Annual administration report of the Civil Veterinary Department of India - 1898-1899
Year: 1898
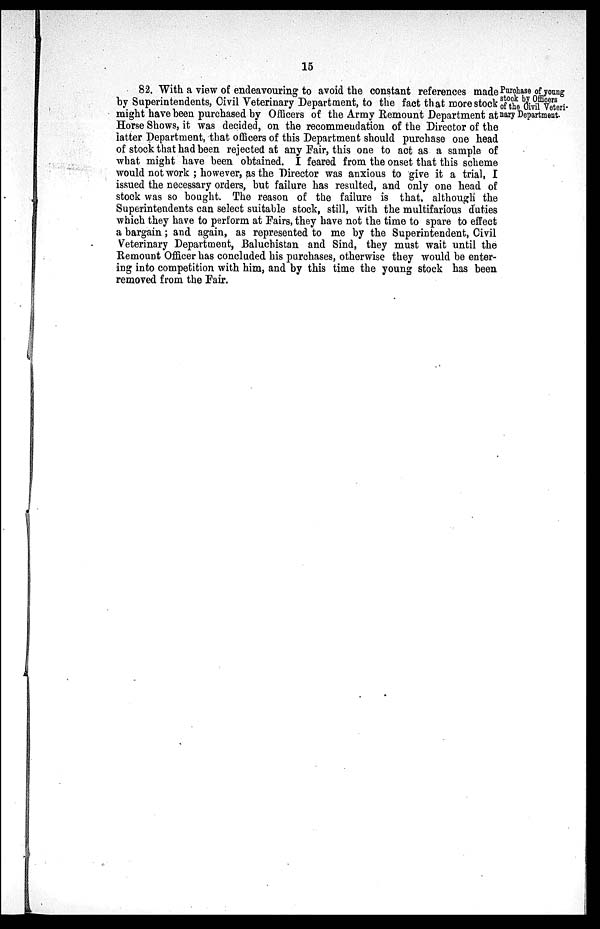
15
Purchase of young
stock by Officers
of the Civil Veteri-
nary Department.
82. With a view of endeavouring to avoid the constant references made
by Superintendents, Civil Veterinary Department, to the fact that more stock
might have been purchased by Officers of the Army Remount Department at
Horse Shows, it was decided, on the recommendation of the Director of the
latter Department, that officers of this Department should purchase one head
of stock that had been rejected at any Fair, this one to act as a sample of
what might have been obtained. I feared from the onset that this scheme
would not work; however, as the Director was anxious to give it a trial, I
issued the necessary orders, but failure has resulted, and only one head of
stock was so bought. The reason of the failure is that, although the
Superintendents can select suitable stock, still, with the multifarious duties
which they have to perform at Fairs, they have not the time to spare to effect
a bargain; and again, as represented to me by the Superintendent, Civil
Veterinary Department, Baluchistan and Sind, they must wait until the
Remount Officer has concluded his purchases, otherwise they would be enter-
ing into competition with him, and by this time the young stock has been
removed from the Fair.